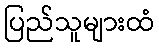
ပြည်သူများထံ